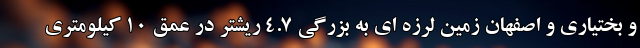
و بختياري و اصفهان زمین لرزه ای به بزرگی 4.7 ریشتر در عمق 10 کیلومتری